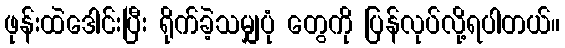
ဖုန်းထဲဒေါင်းပြီး ရိုက်ခဲ့သမျှပုံ တွေကို ပြန်လုပ်လို့ရပါတယ်။